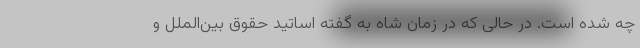
چه شده است. در حالی که در زمان شاه به گفته اساتید حقوق بین‌الملل و